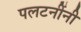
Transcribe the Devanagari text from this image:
पलटनींनी